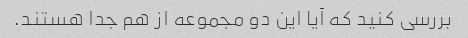
بررسی کنید که آیا این دو مجموعه از هم جدا هستند.